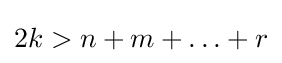
2k>n+m+\ldots +r